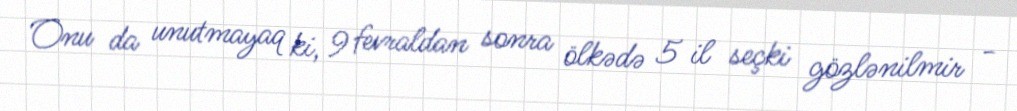
Onu da unutmayaq ki, 9 fevraldan sonra ölkədə 5 il seçki gözlənilmir -